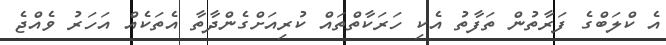
އެ ކްލަބްގެ ފަރާތުން ތަފާތު އެކި ހަރަކާތްތައް ކުރިއަށްގެންދާތާ އެތަކެއް އަހަރު ވެއްޖެ